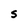
Character: S